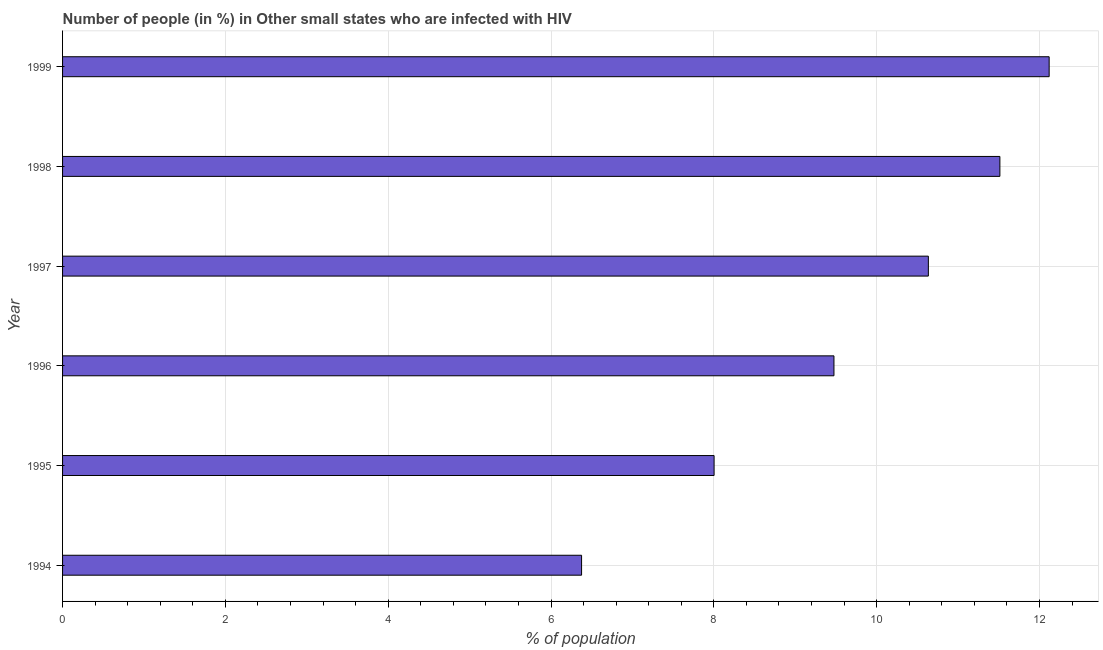
| Year | Infected with HIV |
 | --- | --- |
 | 1994 | 6.38 |
 | 1995 | 8 |
 | 1996 | 9.48 |
 | 1997 | 10.6 |
 | 1998 | 11.5 |
 | 1999 | 12.1 |